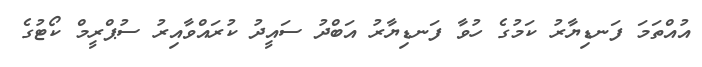
އުއްތަމަ ފަނޑިޔާރު ކަމުގެ ހުވާ ފަނޑިޔާރު އަބްދު ސައީދު ކުރައްވާއިރު ސުޕްރީމް ކޯޓުގެ